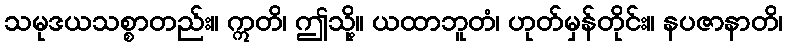
သမုဒယသစ္စာတည်း။ ဣတိ၊ ဤသို့။ ယထာဘူတံ၊ ဟုတ်မှန်တိုင်း။ နပဇာနာတိ၊